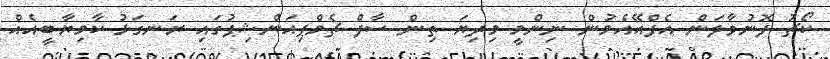
ކޯޗު ފޮނުވާލަން އެފްއޭއެމުން ނިންމީ މިދިޔަ ތިން ސާފް ޗެމްޕިއަންޝިޕުގައި ރަނގަޅު ކާމިޔާބީއެއް